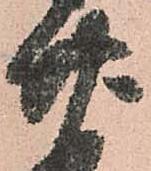
廿